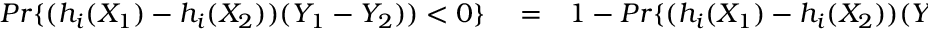
\begin{array} { r l r } { P r \{ ( h _ { i } ( X _ { 1 } ) - h _ { i } ( X _ { 2 } ) ) ( Y _ { 1 } - Y _ { 2 } ) ) < 0 \} } & { { } = } & { 1 - P r \{ ( h _ { i } ( X _ { 1 } ) - h _ { i } ( X _ { 2 } ) ) ( Y _ { 1 } - Y _ { 2 } ) > 0 \} } \end{array}